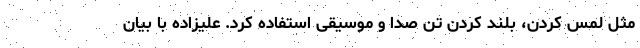
مثل لمس کردن، بلند کردن تُن صدا و موسیقی استفاده کرد. علیزاده با بیان